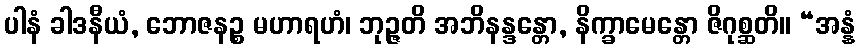
ပါနံ ခါဒနီယံ, ဘောဇနဉ္စ မဟာရဟံ၊ ဘုဉ္ဇတိ အဘိနန္ဒန္တော, နိက္ခာမေန္တော ဇိဂုစ္ဆတိ။ “အန္နံ